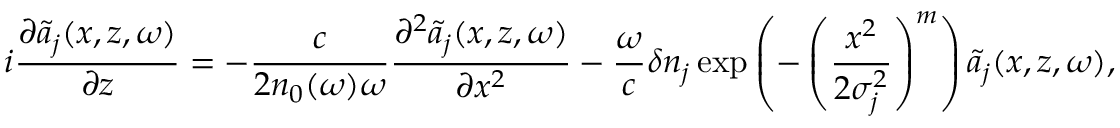
i \frac { \partial \tilde { a } _ { j } ( x , z , \omega ) } { \partial z } = - \frac { c } { 2 n _ { 0 } ( \omega ) \omega } \frac { \partial ^ { 2 } \tilde { a } _ { j } ( x , z , \omega ) } { \partial x ^ { 2 } } - \frac { \omega } { c } \delta n _ { j } \exp \left( - \left( \frac { x ^ { 2 } } { 2 \sigma _ { j } ^ { 2 } } \right) ^ { m } \right) \tilde { a } _ { j } ( x , z , \omega ) ,